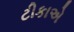
ટીકાએ